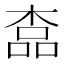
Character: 𣖎